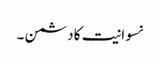
نسوانیت کا دشمن ۔